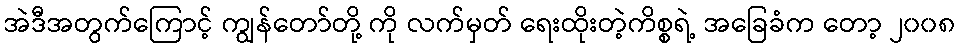
အဲဒီအတွက်ကြောင့် ကျွန်တော်တို့ ကို လက်မှတ် ရေးထိုးတဲ့ကိစ္စရဲ့ အခြေခံက တော့ ၂၀၀၈